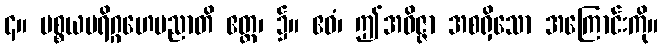
၄။ ပစ္စယပရိဂ္ဂဟေပညာတိ ဧတ္ထ၊ ၌။ ဧဝံ၊ ဤအဝိဇ္ဇာ အစရှိသော အကြောင်းကို။